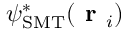
\psi _ { \mathrm { S M T } } ^ { * } ( \textbf { r } _ { i } )